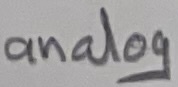
Text: analog